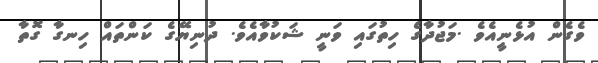
ވެގެން އުޅެނީއެވެ .މަޖުދާގެ ހިތުގައި ވަނީ ޝަކުވާއެވެ. ދުނިޔޭގެ ކަންތައް ހިނގާ ގޮތާ